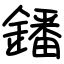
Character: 鐇